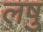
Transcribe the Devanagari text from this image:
लषु